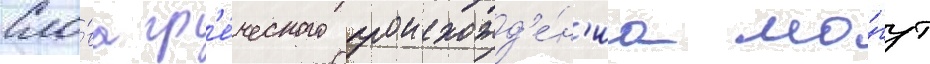
Сло́ва гр'е́ческого происхожд'е́н'иа мо́гут